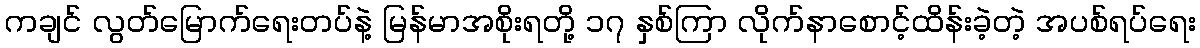
ကချင် လွတ်မြောက်ရေးတပ်နဲ့ မြန်မာအစိုးရတို့ ၁၇ နှစ်ကြာ လိုက်နာစောင့်ထိန်းခဲ့တဲ့ အပစ်ရပ်ရေး